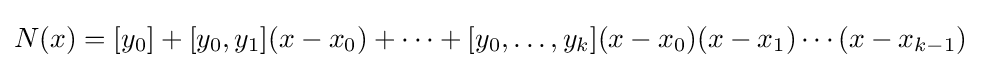
N(x)=[y_{0}]+[y_{0},y_{1}](x-x_{0})+\cdots +[y_{0},\ldots ,y_{k}](x-x_{0})(x-x_{1})\cdots (x-x_{k-1})